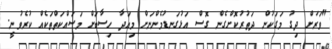
"ވަރަށް ދިގު މަގަކުން ދަތުރުކޮށްގެން ގޮސް އަޅުގަނޑުމެންނަށް މިއަދާ ހިސާބަށް މަސައްކަތްތަކެއް ކުރެވުނީ.